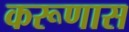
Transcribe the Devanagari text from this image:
करूणास